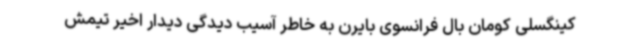
کینگسلی کومان بال فرانسوی بایرن به خاطر آسیب دیدگی دیدار اخیر تیمش